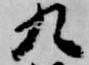
九